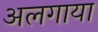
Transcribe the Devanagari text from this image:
अलगाया